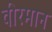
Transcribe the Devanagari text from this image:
वीरमान